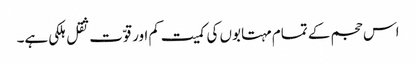
اس حجم کے تمام مہتابوں کی کمیت کم اور قوّت ثقل ہلکی ہے۔